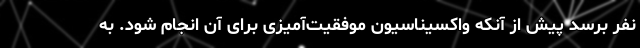
نفر برسد پیش از آنکه واکسیناسیون موفقیت‌آمیزی برای آن انجام شود. به